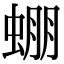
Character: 𧌇